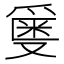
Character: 𬋯